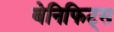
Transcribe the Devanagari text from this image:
बेनिफिट्स